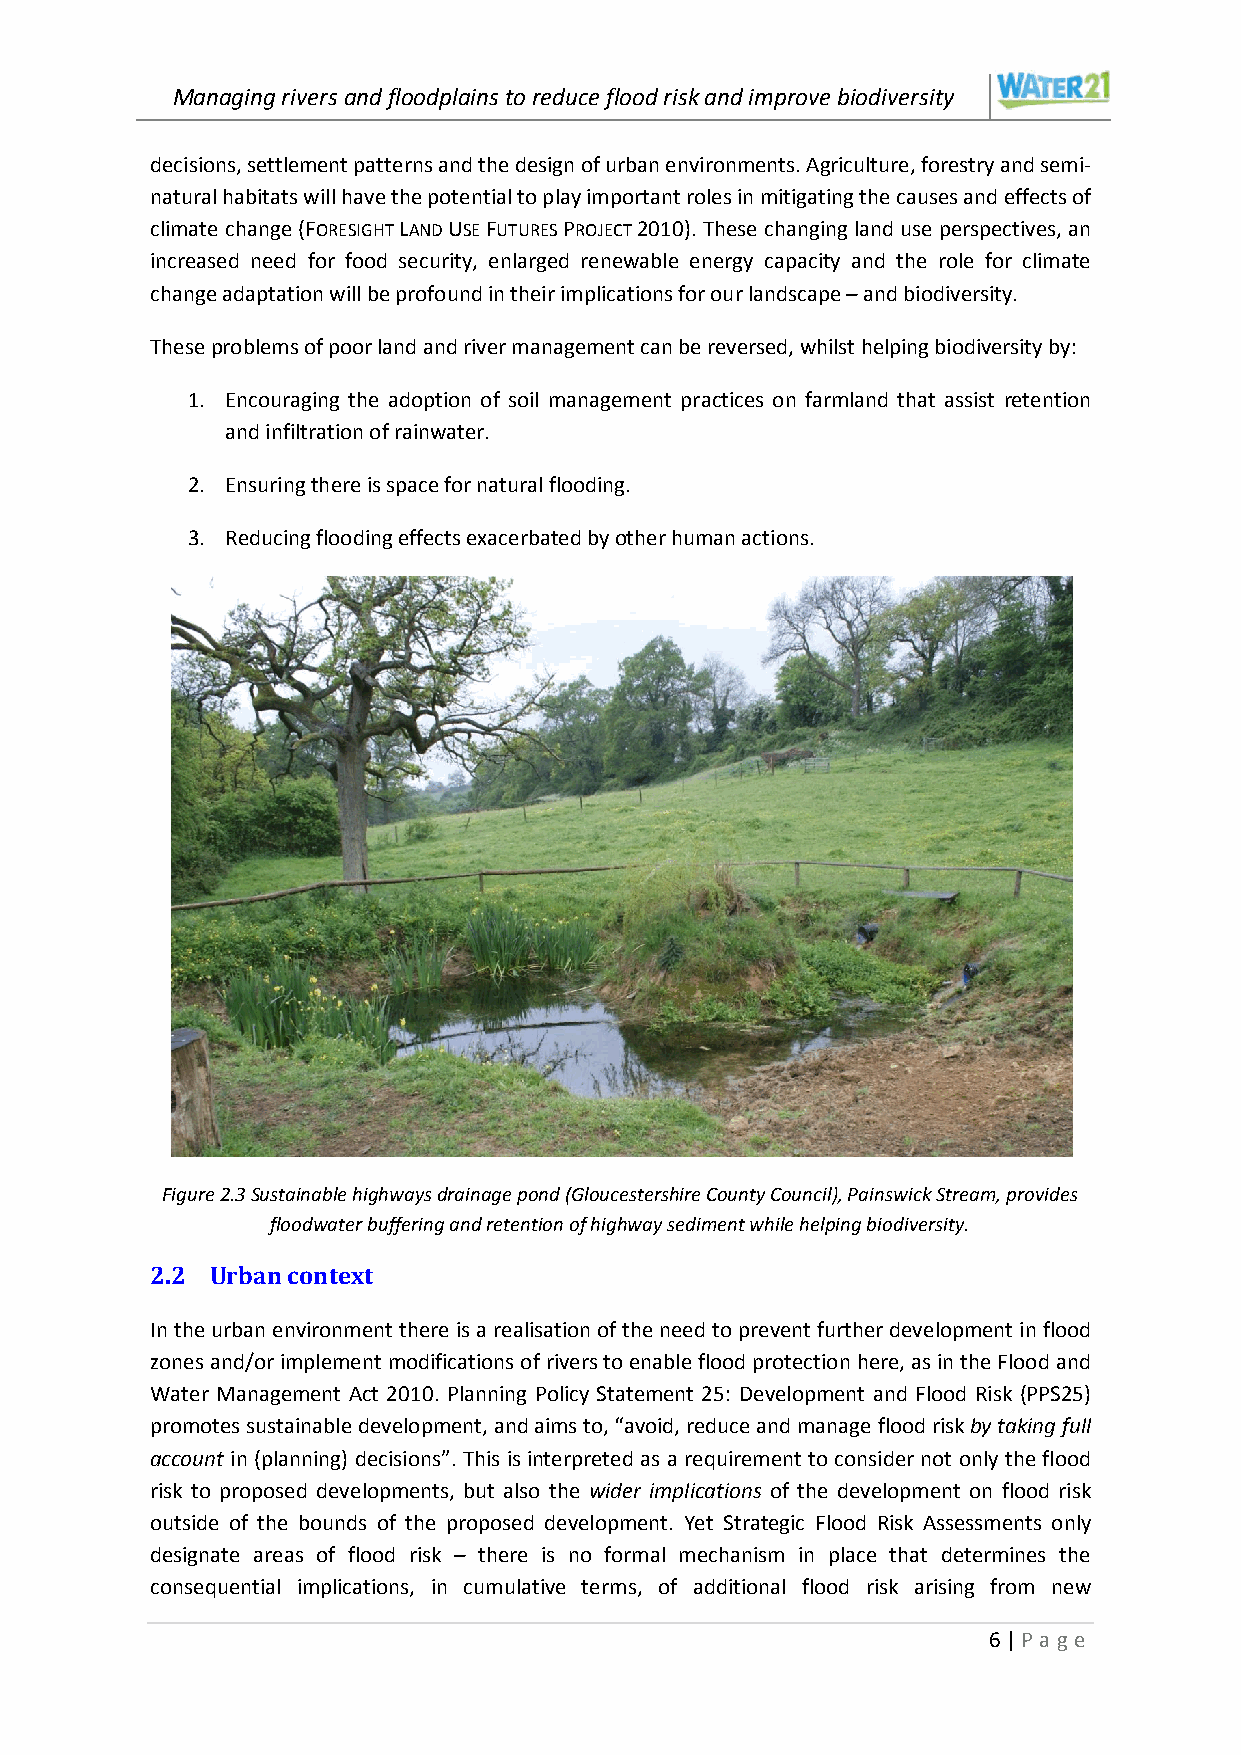
Managing rivers and floodplains to reduce flood risk and improve biodiversity
 decisions, settlement patterns and the design of urban environments. Agriculture, forestry and semi-
 natural habitats will have the potential to play important roles in mitigating the causes and effects of
 climate change (FORESIGHT LAND USE FUTURES PROJECT 2010). These changing land use perspectives, an
 increased need for food security, enlarged renewable energy capacity and the role for climate
 change adaptation will be profound in their implications for our landscape – and biodiversity.
 These problems of poor land and river management can be reversed, whilst helping biodiversity by:
 1. Encouraging the adoption of soil management practices on farmland that assist retention
 and infiltration of rainwater.
 2. Ensuring there is space for natural flooding.
 3. Reducing flooding effects exacerbated by other human actions.
 Figure 2.3 Sustainable highways drainage pond (Gloucestershire County Council), Painswick Stream, provides
 floodwater buffering and retention of highway sediment while helping biodiversity.
 2.2 Urban context
 In the urban environment there is a realisation of the need to prevent further development in flood
 zones and/or implement modifications of rivers to enable flood protection here, as in the Flood and
 Water Management Act 2010. Planning Policy Statement 25: Development and Flood Risk (PPS25)
 promotes sustainable development, and aims to, “avoid, reduce and manage flood risk by taking full
 account in (planning) decisions”. This is interpreted as a requirement to consider not only the flood
 risk to proposed developments, but also the wider implications of the development on flood risk
 outside of the bounds of the proposed development. Yet Strategic Flood Risk Assessments only
 designate areas of flood risk – there is no formal mechanism in place that determines the
 consequential implications, in cumulative terms, of additional flood risk arising from new
 6 | P age